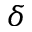
\delta